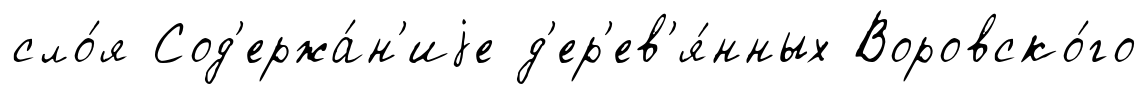
сло́я Сод'ержа́н'иjе д'ер'ев'я́нных Воровско́го